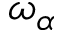
\omega _ { \alpha }